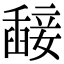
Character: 𥪵